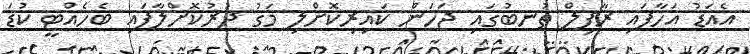
އެއަޑު އަހާފައި ރާފިލް ތުނބުގައި ޖަހަން ކައިރިކޮށްލި މަގު ދުރުކޮށްލާފައި ބެހެއްޓީ ކުޑަ